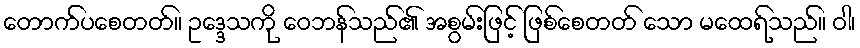
တောက်ပစေတတ်။ ဥဒ္ဒေသကို ဝေဘန်သည်၏ အစွမ်းဖြင့် ဖြစ်စေတတ် သော မထေရ်သည်။ ဝါ၊